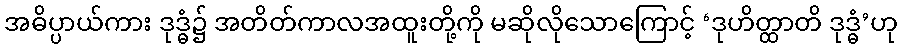
အဓိပ္ပာယ်ကား ဒုဒ္ဓံ၌ အတိတ်ကာလအထူးတို့ကို မဆိုလိုသောကြောင့် ‘ဒုဟိတ္ထာတိ ဒုဒ္ဓံ’ဟု